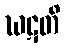
ဃဋတိ